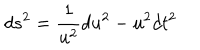
d s ^ { 2 } = \frac { 1 } { u ^ { 2 } } d u ^ { 2 } - u ^ { 2 } d t ^ { 2 }